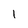
Character: 1